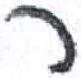
אות: ר